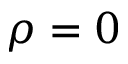
\rho = 0